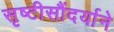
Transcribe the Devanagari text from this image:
सृष्टीसौंदर्याने